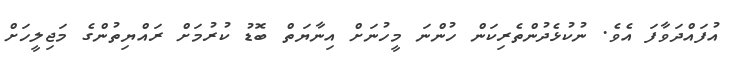
އުފައްދަވާފަ އެވެ. ނުކުޅެދުންތެރިކަން ހުންނަ މީހުނަށް އިނާޔަތް ބޮޑު ކުރުމަށް ރައްޔިތުންގެ މަޖިލީހަށް